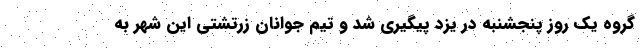
گروه یک روز پنجشنبه در یزد پیگیری شد و تیم جوانان زرتشتی این شهر به